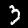
Digit: 3